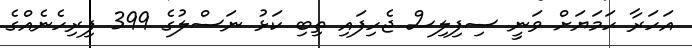
އަހަރާ ހަމަޔަށް ވަނީ ސިފިލިސް ޖެހިފައި ތިބި ކަޅު ނަސްލުގެ 399 ފިރިހެނެއްގެ